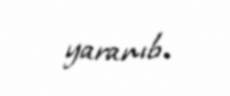
yaranıb.